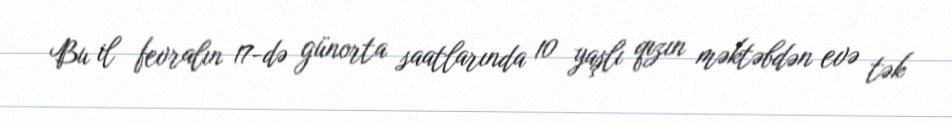
Bu il fevralın 17-də günorta saatlarında 10 yaşlı qızın məktəbdən evə tək